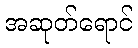
အဆုတ်ရောင်